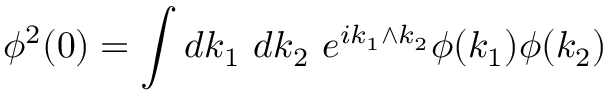
\phi ^ { 2 } ( 0 ) = \int d k _ { 1 } \ d k _ { 2 } \ e ^ { i k _ { 1 } \wedge k _ { 2 } } \phi ( k _ { 1 } ) \phi ( k _ { 2 } )